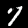
Label: 7